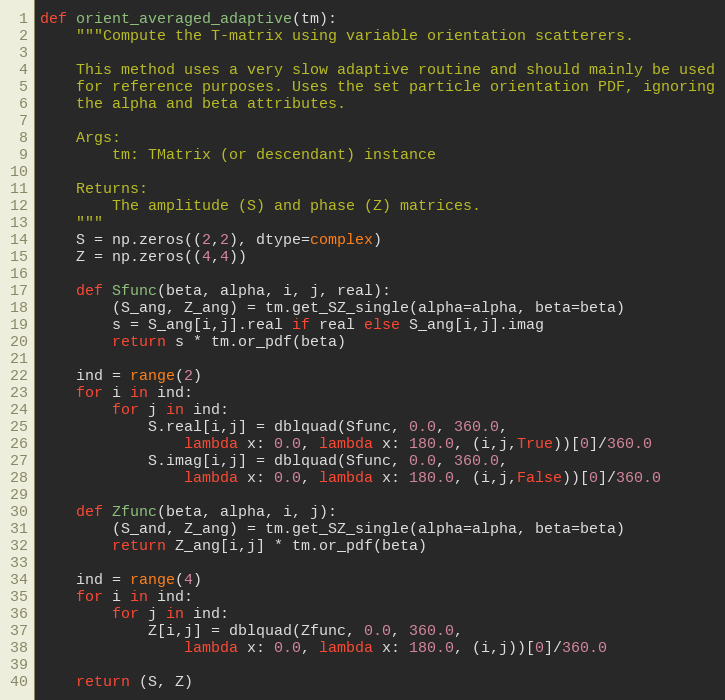
Language: Python
def orient_averaged_adaptive(tm):
    """Compute the T-matrix using variable orientation scatterers.

    This method uses a very slow adaptive routine and should mainly be used
    for reference purposes. Uses the set particle orientation PDF, ignoring
    the alpha and beta attributes.

    Args:
        tm: TMatrix (or descendant) instance

    Returns:
        The amplitude (S) and phase (Z) matrices.
    """
    S = np.zeros((2,2), dtype=complex)
    Z = np.zeros((4,4))

    def Sfunc(beta, alpha, i, j, real):
        (S_ang, Z_ang) = tm.get_SZ_single(alpha=alpha, beta=beta)
        s = S_ang[i,j].real if real else S_ang[i,j].imag
        return s * tm.or_pdf(beta)

    ind = range(2)
    for i in ind:
        for j in ind:
            S.real[i,j] = dblquad(Sfunc, 0.0, 360.0,
                lambda x: 0.0, lambda x: 180.0, (i,j,True))[0]/360.0
            S.imag[i,j] = dblquad(Sfunc, 0.0, 360.0,
                lambda x: 0.0, lambda x: 180.0, (i,j,False))[0]/360.0

    def Zfunc(beta, alpha, i, j):
        (S_and, Z_ang) = tm.get_SZ_single(alpha=alpha, beta=beta)
        return Z_ang[i,j] * tm.or_pdf(beta)

    ind = range(4)
    for i in ind:
        for j in ind:
            Z[i,j] = dblquad(Zfunc, 0.0, 360.0,
                lambda x: 0.0, lambda x: 180.0, (i,j))[0]/360.0

    return (S, Z)